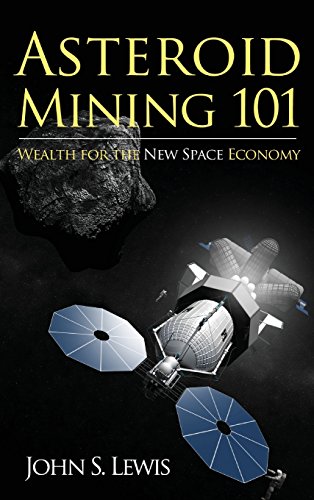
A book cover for Asteroid Mining 101: Wealth for the New Space Economy; John S. Lewis; Science & Math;